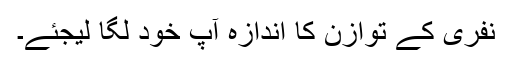
نفری کے توازن کا اندازہ آپ خود لگا لیجئے۔